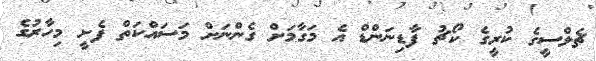
ޗެލްސީގެ ކުރީގެ ކޯޗު ފާޑިނަންޑް އެ މަގާމަށް ގެންނަށް މަސައްކަތް ފެށީ މިހާރުގެ